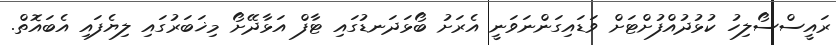
ރައީސްސޯލިހު ކުޅުދުއްފުށްޓަށް ވަޑައިގަންނަވަނީ އެރަށު ބޯޅަދަނޑުގައި ޓާފް އަޅާދޭށޯ މިޚަބަރުގައި ލިޔެފައި އެބައޮތް.